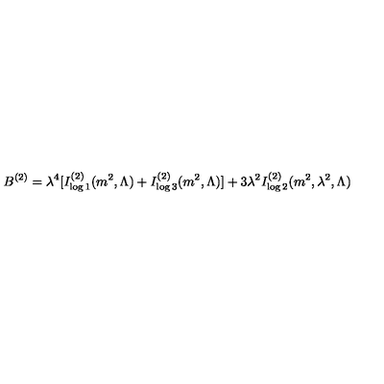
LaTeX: B ^ { ( 2 ) } = \lambda ^ { 4 } [ I _ { \log 1 } ^ { ( 2 ) } ( m ^ { 2 } , \Lambda ) + I _ { \log 3 } ^ { ( 2 ) } ( m ^ { 2 } , \Lambda ) ] + 3 \lambda ^ { 2 } I _ { \log 2 } ^ { ( 2 ) } ( m ^ { 2 } , \lambda ^ { 2 } , \Lambda )